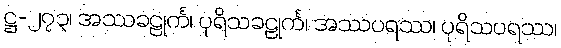
ဋ္ဌ-၂၇၃၊ အဿခဠုင်္က၊ ပုရိသခဠုင်္က၊ အဿပရဿ၊ ပုရိသပရဿ၊